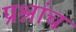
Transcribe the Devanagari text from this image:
प्रश्नांच